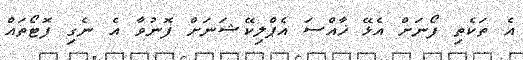
އެ ތަކެތި ފޯނަށް އެޅޭ ޚާއްސަ އެޕްލިކޭޝަނަށް ފޮނުވާ އެ ނެގި ފޮޓޯތައް